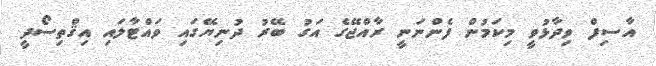
އާސިފް ވިދާޅުވީ މިކަމުން ފެންނަނީ ރާއްޖޭގެ އަގު ބޭރު ދުނިޔޭގައި ވައްޓާލައި އިޤްތިސޯދީ